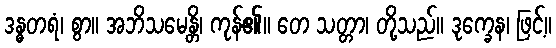
ဒန္ဓတရံ၊ စွာ။ အဘိသမေန္တိ၊ ကုန်၏။ တေ သတ္တာ၊ တို့သည်။ ဒုက္ခေန၊ ဖြင့်။